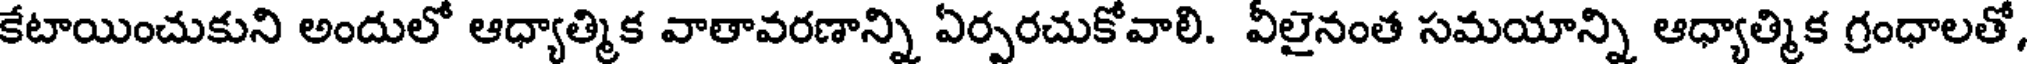
కేటాయించుకుని అందులో ఆధ్యాత్మిక వాతావరణాన్ని ఏర్పరచుకోవాలి. వీలైనంత సమయాన్ని ఆధ్యాత్మిక గ్రంధాలతో,